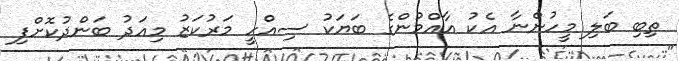
ތިބި ބަލި މީހުންނާ އެކު އާއްމުންގެ ބަޔަކު ސިއްހީ މަރުކަޒު މިއަދު ބަންދުކޮށްފި